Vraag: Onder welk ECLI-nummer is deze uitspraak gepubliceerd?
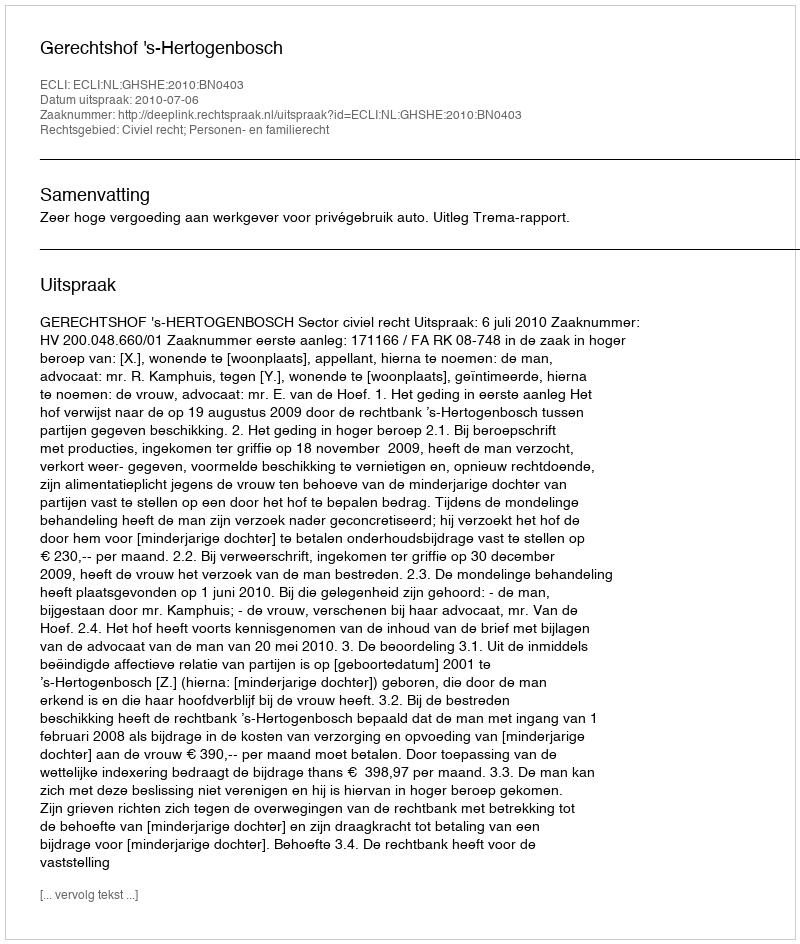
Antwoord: ECLI:NL:GHSHE:2010:BN0403